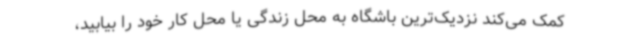
کمک می‌کند نزدیک‌ترین باشگاه به محل زندگی یا محل کار خود را بیابید،